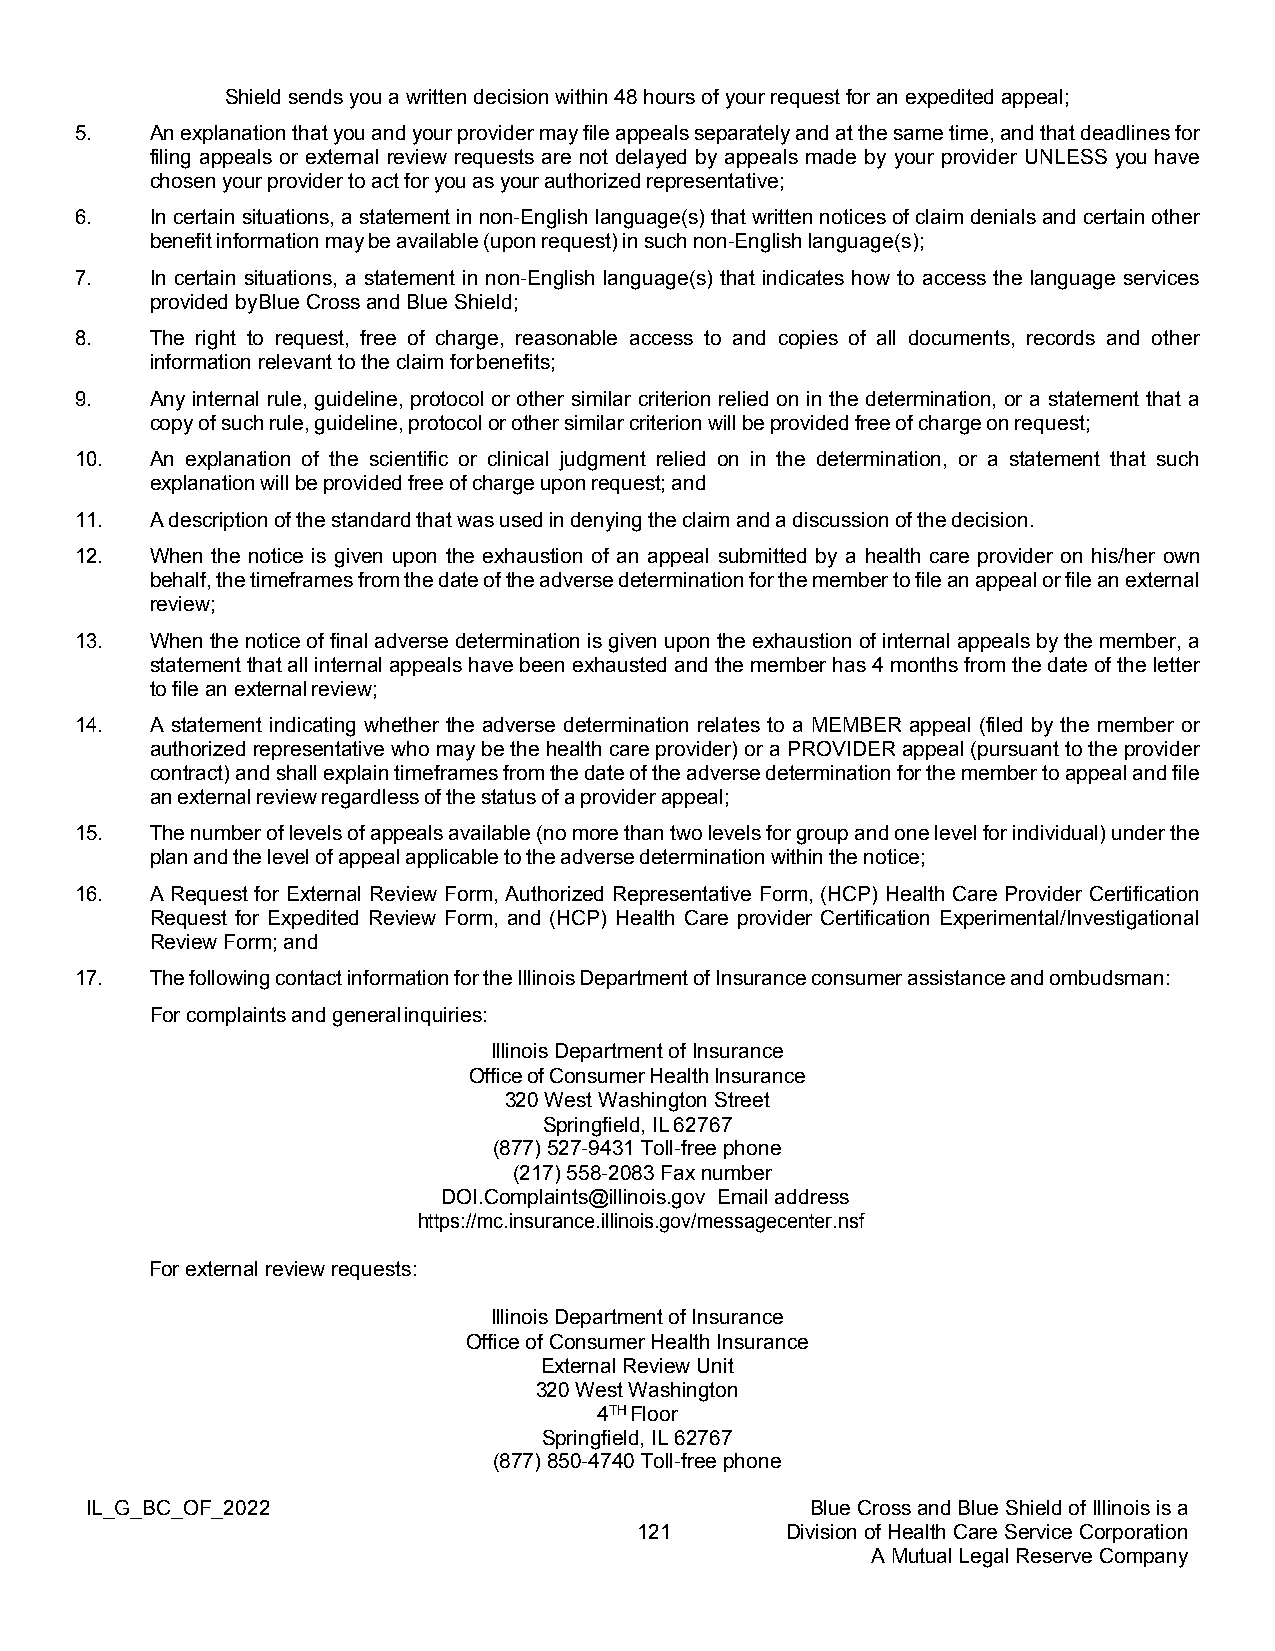
Shield sends you a written decision within 48 hours of your request for an expedited appeal;
 5.   An explanation that you and your provider may file appeals separately and at the same time, and that deadlines for
 filing appeals or external review requests are not delayed by appeals made by your provider UNLESS you have
 chosen your provider to act for you as your authorized representative;
 6.   In certain situations, a statement in non-English language(s) that written notices of claim denials and certain other
 benefit information may be available (upon request) in such non-English language(s);
 7.   In certain situations, a statement in non-English language(s) that indicates how to access the language services
 provided by Blue Cross and Blue Shield;
 8.   The right to request, free of charge, reasonable access to and copies of all documents, records and other
 information relevant to the claim for benefits;
 9.   Any internal rule, guideline, protocol or other similar criterion relied on in the determination, or a statement that a
 copy of such rule, guideline, protocol or other similar criterion will be provided free of charge on request;
 10.  An explanation of the scientific or clinical judgment relied on in the determination, or a statement that such
 explanation will be provided free of charge upon request; and
 11.  A description of the standard that was used in denying the claim and a discussion of the decision.
 12.  When the notice is given upon the exhaustion of an appeal submitted by a health care provider on his/her own
 behalf, the timeframes from the date of the adverse determination for the member to file an appeal or file an external
 review;
 13.  When the notice of final adverse determination is given upon the exhaustion of internal appeals by the member, a
 statement that all internal appeals have been exhausted and the member has 4 months from the date of the letter
 to file an external review;
 14.  A statement indicating whether the adverse determination relates to a MEMBER appeal (filed by the member or
 authorized representative who may be the health care provider) or a PROVIDER appeal (pursuant to the provider
 contract) and shall explain timeframes from the date of the adverse determination for the member to appeal and file
 an external review regardless of the status of a provider appeal;
 15.  The number of levels of appeals available (no more than two levels for group and one level for individual) under the
 plan and the level of appeal applicable to the adverse determination within the notice;
 16.  A Request for External Review Form, Authorized Representative Form, (HCP) Health Care Provider Certification
 Request for Expedited Review Form, and (HCP) Health Care provider Certification Experimental/Investigational
 Review Form; and
 17.  The following contact information for the Illinois Department of Insurance consumer assistance and ombudsman:
 For complaints and general inquiries:
 Illinois Department of Insurance
 Office of Consumer Health Insurance
 320 West Washington Street
 Springfield, IL 62767
 (877) 527-9431 Toll-free phone
 (217) 558-2083 Fax number
 DOI.Complaints@illinois.gov Email address
 https://mc.insurance.illinois.gov/messagecenter.nsf
 For external review requests:
 Illinois Department of Insurance
 Office of Consumer Health Insurance
 External Review Unit
 320 West Washington
 4TH Floor
 Springfield, IL 62767
 (877) 850-4740 Toll-free phone
 IL_G_BC_OF_2022                                 Blue Cross and Blue Shield of Illinois is a
 121       Division of Health Care Service Corporation
 A Mutual Legal Reserve Company